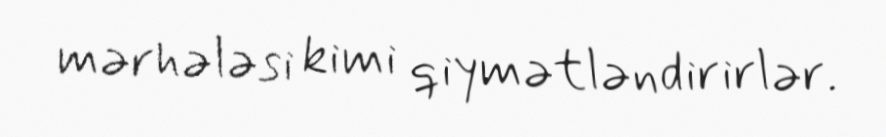
mərhələsi kimi qiymətləndirirlər.